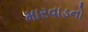
મારવાડનો